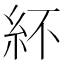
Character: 紑